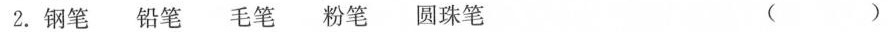
2.钢笔铅笔 毛笔 粉笔 圆珠笔 ( )